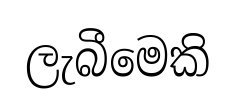
ලැබීමෙකි